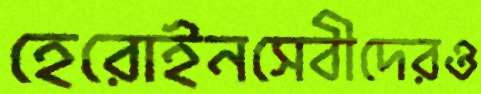
হেরোইনসেবীদেরও